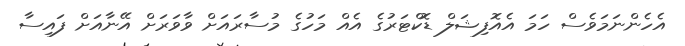
އެހެންނަމަވެސް ހަމަ އެއޮފިޝަލް ޑޮކްޓަރުގެ އެއް މަހުގެ މުސާރައަށް ވާވަރަށް އޭނާއަށް ފައިސާ